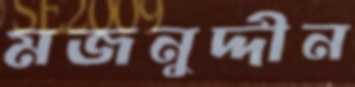
মজনুদ্দীন